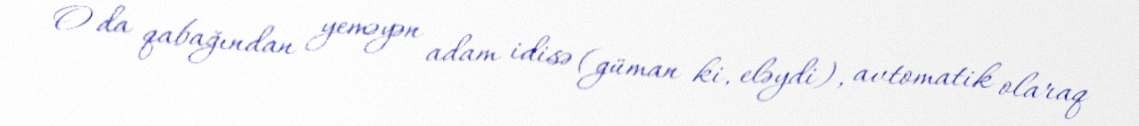
O da qabağından yeməyən adam idisə (güman ki, eləydi), avtomatik olaraq